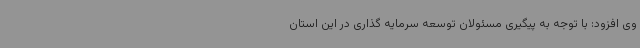
وی افزود: با توجه به پیگیری مسئولان توسعه سرمایه گذاری در این استان